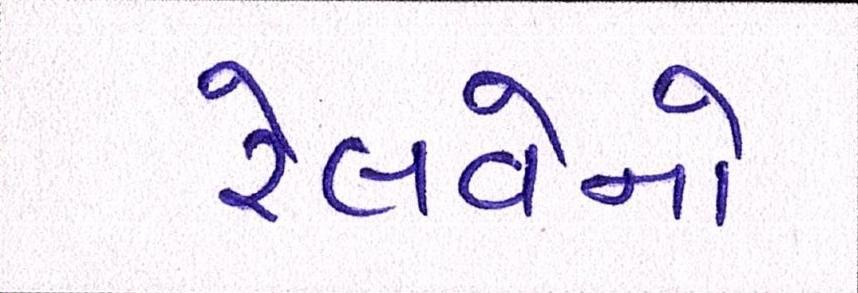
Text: રેલવેનો